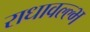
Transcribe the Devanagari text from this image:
राधावल्ल्भ